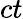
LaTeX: ct